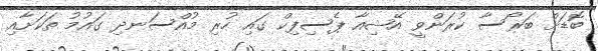
ބޮޑަށް ބަރޯސާ ކުރަންވީ އޭޝިއާ ޕެސިފިކް ގައި ހުރި މުއްސަނދި ގައުމު ތަކަށާއި